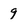
Character: 9